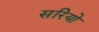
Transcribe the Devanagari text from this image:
सरियो